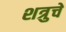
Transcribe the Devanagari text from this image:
शत्रुचे